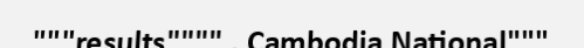
"""results"""" . Cambodia National"""